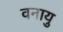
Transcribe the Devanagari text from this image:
वनायु